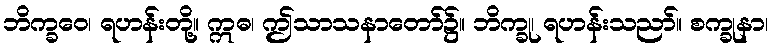
ဘိက္ခဝေ၊ ရဟန်းတို့။ ဣဓ၊ ဤသာသနာတော်၌။ ဘိက္ခု၊ ရဟန်းသညာ်။ စက္ခုနာ၊